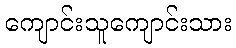
ကျောင်းသူကျောင်းသား